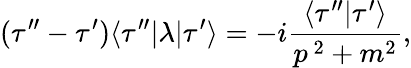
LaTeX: (\tau^{\prime\prime}-\tau^{\prime})\langle\tau^{\prime\prime}|\lambda|\tau^{\prime}\rangle=-i{\frac{\langle\tau^{\prime\prime}|\tau^{\prime}\rangle}{p^{\ 2}+m^{2}}},